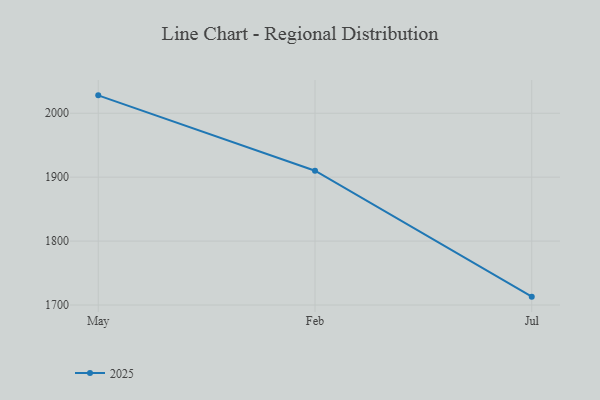
{"axis": {"x": "Month", "y": "Satisfaction Score"}, "legend": ["2025"], "data": [{"x": "May", "y": 2028.0, "type": "2025"}, {"x": "Feb", "y": 1910.1, "type": "2025"}, {"x": "Jul", "y": 1713.1, "type": "2025"}]}